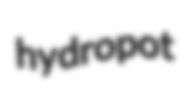
hydropot